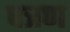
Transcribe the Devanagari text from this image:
पत्रण